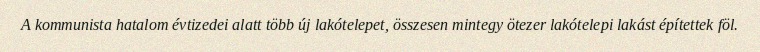
A kommunista hatalom évtizedei alatt több új lakótelepet, összesen mintegy ötezer lakótelepi lakást építettek föl.